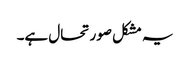
یہ مشکل صورتحال ہے۔